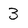
Character: 3